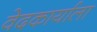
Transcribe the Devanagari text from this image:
वेदकार्याला